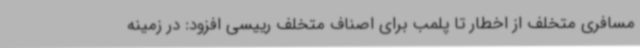
مسافری متخلف از اخطار تا پلمب برای اصناف متخلف رییسی افزود: در زمینه